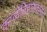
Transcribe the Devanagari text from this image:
काव्येतिहासकाराचे